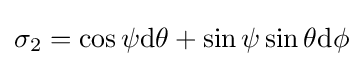
\sigma _{2}=\cos \psi {\text{d}}\theta +\sin \psi \sin \theta {\text{d}}\phi